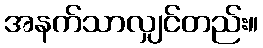
အနက်သာလျှင်တည်း။